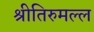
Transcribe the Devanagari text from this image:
श्रीतिरुमल्ल